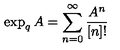
\exp _ { q } A = \sum _ { n = 0 } ^ { \infty } \frac { A ^ { n } } { [ n ] ! }